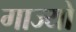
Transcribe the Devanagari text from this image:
गाज्यो